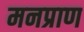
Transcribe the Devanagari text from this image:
मनप्राण